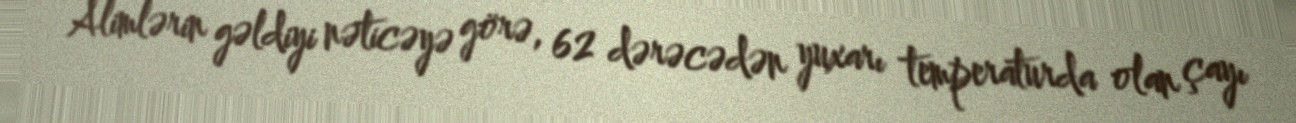
Alimlərin gəldiyi nəticəyə görə, 62 dərəcədən yuxarı temperaturda olan çayı